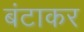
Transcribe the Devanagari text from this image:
बंटाकर